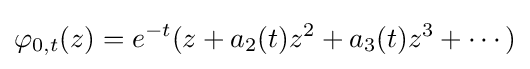
\displaystyle {\varphi _{0,t}(z)=e^{-t}(z+a_{2}(t)z^{2}+a_{3}(t)z^{3}+\cdots )}